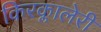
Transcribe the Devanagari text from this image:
किरक्लालेरी